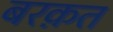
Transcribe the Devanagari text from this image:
बरक़त